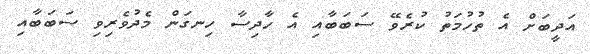
އަދީބަށް އެ ތުހުމަތު ކުރެވޭ ސަބަބާއި އެ ހާދިސާ ހިނގަން މެދުވެރިވި ސަބަބާއި